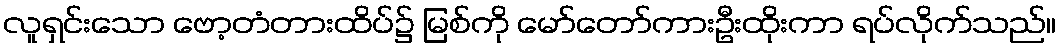
လူရှင်းသော ဗော့တံတားထိပ်၌ မြစ်ကို မော်တော်ကားဦးထိုးကာ ရပ်လိုက်သည်။